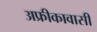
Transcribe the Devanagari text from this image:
अफ्रीकावासी